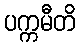
ပက္ကမီတိ